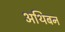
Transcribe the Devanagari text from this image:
अथिबन